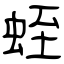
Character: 蛭